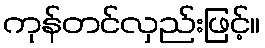
ကုန်တင်လှည်းဖြင့်။